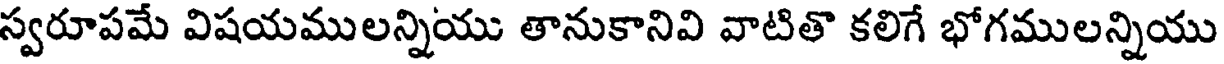
స్వరూపమే విషయములన్నియు తానుకానివి వాటితొ కలిగే భోగములన్నియు